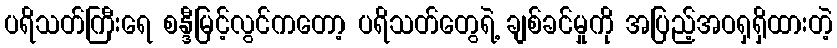
ပရိသတ်ကြီးရေ စန္ဒီမြင့်လွင်ကတော့ ပရိသတ်တွေရဲ့ ချစ်ခင်မှုကို အပြည့်အဝရှရှိထားတဲ့